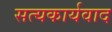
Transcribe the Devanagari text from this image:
सत्यकार्यवाद